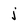
Character: j